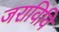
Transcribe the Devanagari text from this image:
जराविवि